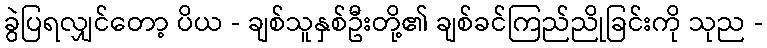
ခွဲပြရလျှင်တော့ ပိယ - ချစ်သူနှစ်ဦးတို့၏ ချစ်ခင်ကြည်ညိုခြင်းကို သုည -